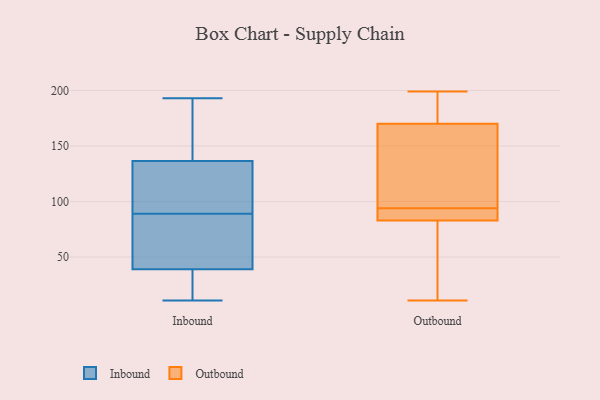
{"axis": {"x": "Headcount", "y": "Value"}, "legend": ["Inbound", "Outbound"], "data": [{"x": "", "y": 154, "type": "Inbound"}, {"x": "", "y": 102, "type": "Inbound"}, {"x": "", "y": 17, "type": "Inbound"}, {"x": "", "y": 11, "type": "Inbound"}, {"x": "", "y": 25, "type": "Inbound"}, {"x": "", "y": 139, "type": "Inbound"}, {"x": "", "y": 89, "type": "Inbound"}, {"x": "", "y": 39, "type": "Inbound"}, {"x": "", "y": 129, "type": "Inbound"}, {"x": "", "y": 47, "type": "Inbound"}, {"x": "", "y": 193, "type": "Inbound"}, {"x": "", "y": 191, "type": "Inbound"}, {"x": "", "y": 122, "type": "Inbound"}, {"x": "", "y": 48, "type": "Inbound"}, {"x": "", "y": 39, "type": "Inbound"}, {"x": "", "y": 117, "type": "Outbound"}, {"x": "", "y": 92, "type": "Outbound"}, {"x": "", "y": 11, "type": "Outbound"}, {"x": "", "y": 92, "type": "Outbound"}, {"x": "", "y": 13, "type": "Outbound"}, {"x": "", "y": 199, "type": "Outbound"}, {"x": "", "y": 83, "type": "Outbound"}, {"x": "", "y": 170, "type": "Outbound"}, {"x": "", "y": 85, "type": "Outbound"}, {"x": "", "y": 100, "type": "Outbound"}, {"x": "", "y": 89, "type": "Outbound"}, {"x": "", "y": 82, "type": "Outbound"}, {"x": "", "y": 182, "type": "Outbound"}, {"x": "", "y": 159, "type": "Outbound"}, {"x": "", "y": 96, "type": "Outbound"}, {"x": "", "y": 65, "type": "Outbound"}, {"x": "", "y": 177, "type": "Outbound"}, {"x": "", "y": 181, "type": "Outbound"}]}